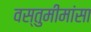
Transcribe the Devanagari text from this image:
वस्तुमीमांसा